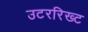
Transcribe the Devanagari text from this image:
उटररिख्ट